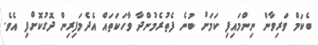
ބެކަމް ވަރިވާން ނިންމައިފި ކަމަށް ބުނެ ފެތުރެމުންދާ ވާހަކަތައް އެދެމަފިރިން ދޮގުކޮށްފި އެވެ.